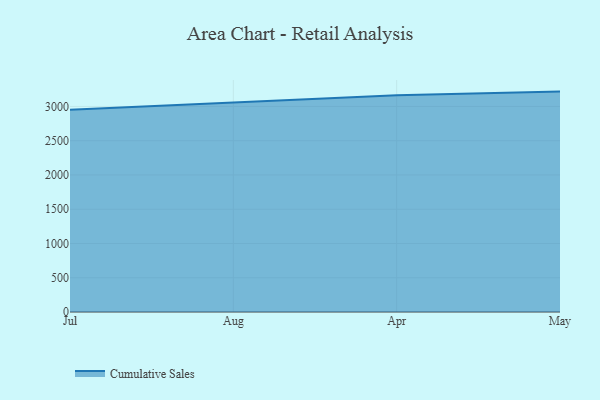
{"axis": {"x": "Month", "y": "Website Visitors"}, "legend": ["Cumulative Sales"], "data": [{"x": "Jul", "y": 2953.3, "type": "Cumulative Sales"}, {"x": "Aug", "y": 3053.3, "type": "Cumulative Sales"}, {"x": "Apr", "y": 3162.3, "type": "Cumulative Sales"}, {"x": "May", "y": 3216.6, "type": "Cumulative Sales"}]}